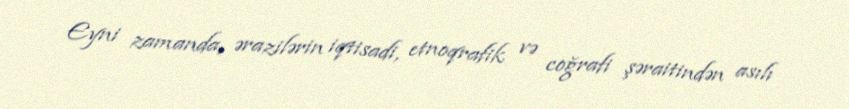
Eyni zamanda, ərazilərin iqtisadi, etnoqrafik və coğrafi şəraitindən asılı